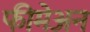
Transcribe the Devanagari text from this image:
फीमेअन